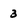
Character: 3